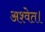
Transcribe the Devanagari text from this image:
अश्वेत।